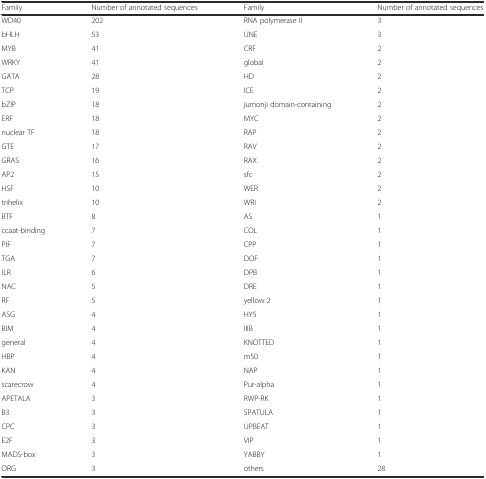
| Family | Number of annotated sequences | Family | Number of annotated sequences |
 | --- | --- | --- | --- |
 | WD40 | 202 | RNA polymerase II | 3 |
 | bHLH | 53 | UNE | 3 |
 | MYB | 41 | CRF | 2 |
 | WRKY | 41 | global | 2 |
 | GATA | 28 | HD | 2 |
 | TCP | 19 | ICE | 2 |
 | bZIP | 18 | jumonji domain-containing | 2 |
 | ERF | 18 | MYC | 2 |
 | nuclear TF | 18 | RAP | 2 |
 | GTE | 17 | RAV | 2 |
 | GRAS | 16 | RAX | 2 |
 | AP2 | 15 | sfc | 2 |
 | HSF | 10 | WER | 2 |
 | trihelix | 10 | WRI | 2 |
 | BTF | 8 | AS | 1 |
 | ccaat-binding | 7 | COL | 1 |
 | PIF | 7 | CPP | 1 |
 | TGA | 7 | DOF | 1 |
 | ILR | 6 | DPB | 1 |
 | NAC | 5 | DRE | 1 |
 | RF | 5 | yellow 2 | 1 |
 | ASG | 4 | HY5 | 1 |
 | BIM | 4 | IIIB | 1 |
 | general | 4 | KNOTTED | 1 |
 | HBP | 4 | m50 | 1 |
 | KAN | 4 | NAP | 1 |
 | scarecrow | 4 | Pur-alpha | 1 |
 | APETALA | 3 | RWP-RK | 1 |
 | B3 | 3 | SPATULA | 1 |
 | CPC | 3 | UPBEAT | 1 |
 | E2F | 3 | VIP | 1 |
 | MADS-box | 3 | YABBY | 1 |
 | ORG | 3 | others | 28 |